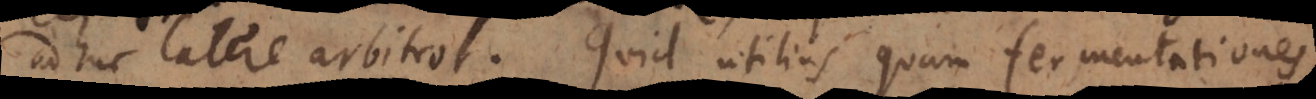
adhuc latere arbitror. Quid utilius quam fermentationes,